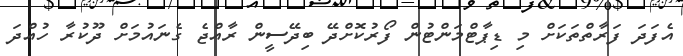
އެފަދަ ފަރާތްތަކަށް މި ޑިޕާޓްމަންޓުން ފޯރުކޮށްދޭ ބިދޭސީން ރާއްޖެ ގެނައުމަށް ދޫކުރާ ހުއްދަ